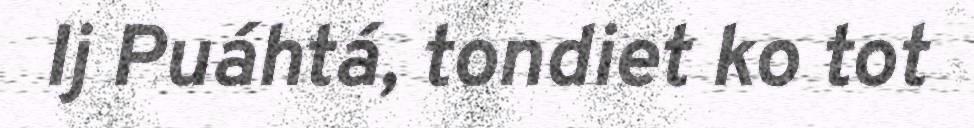
Ij Puáhtá, tondiet ko tot